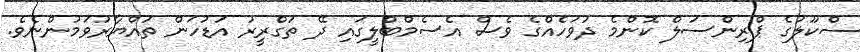
ސްކޫލުގެ ޕްރިންސަލް ކޮންމެ ދުވަހެއްގެ ވެސް އެސެމްބްލީގައި ދޭ ތަގްރީރު އަޑުހަން ތައްޔާރުވަމުންނެވެ.